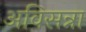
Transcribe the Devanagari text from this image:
अविसन्ना